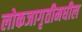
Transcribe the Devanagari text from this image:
लोकजागृतीमधील